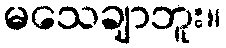
မသေချာဘူး။